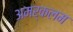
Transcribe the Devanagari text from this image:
अमर्कलम